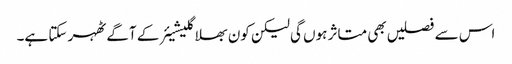
اس سے فصلیں بھی متاثر ہوں گی لیکن کون بھلا گلیشیئر کے آگے ٹھہر سکتا ہے۔